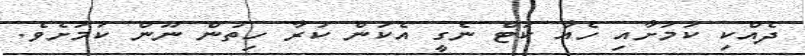
ދެއްކި ކަމަށާއި ހެއާ ކަޓް ނެގީ އެކަން ކުރާ ހިތުން ނޫން ކަމަށެވެ.